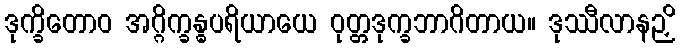
ဒုက္ခိတောဝ အဂ္ဂိက္ခန္ဓပရိယာယေ ဝုတ္တဒုက္ခဘာဂိတာယ။ ဒုဿီလာနဉှိ